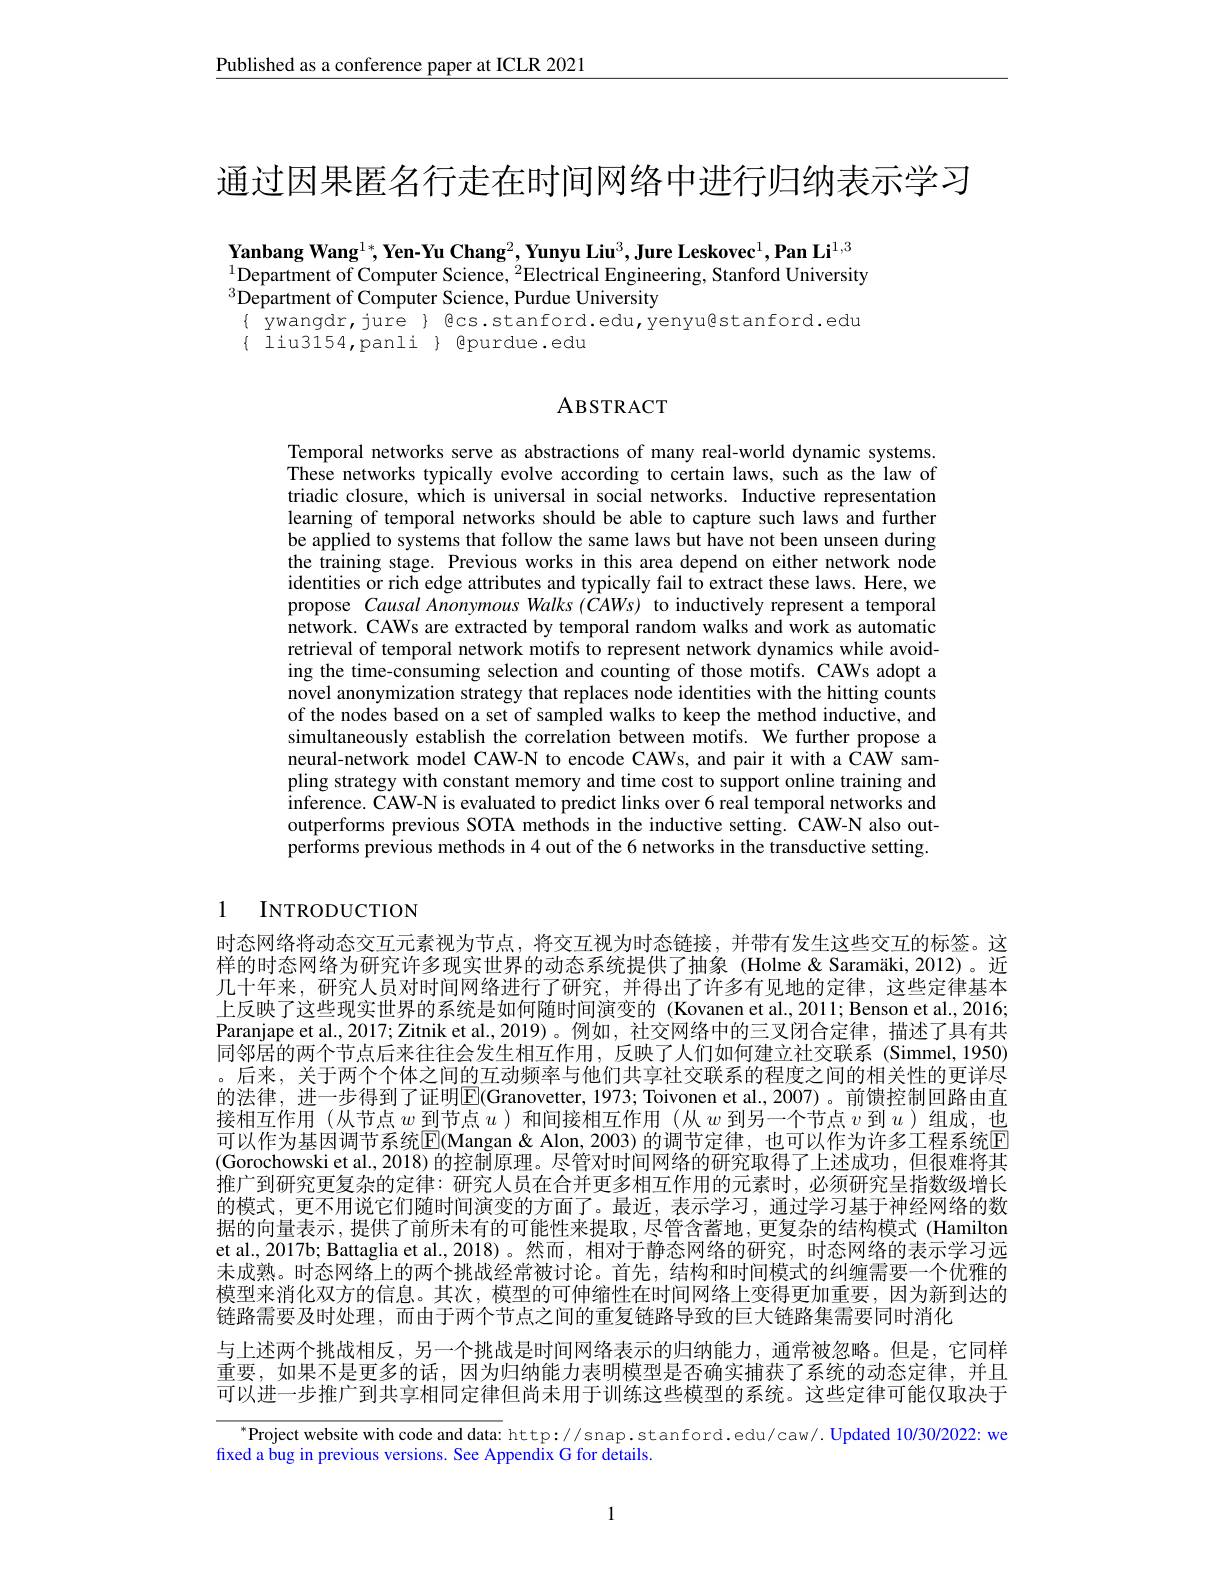
Published as a conference paper at ICLR 2021

通过因果匿名行走在时间网络中进行归纳表示学习

Yanbang Wang$^1*,\textbf{Yen-Yu Chang}^2,\textbf{Yunyu Liu}^3,\textbf{Jure Leskovec}^1,\textbf{Pan Li}^{1,3}$ $^{1}$Department of Computer Science, $^2$Electrical Engineering, Stanford University $^{3}$Department of Computer Science, Purdue University
$\{$ ywangdr,jure} Bcs.stanford.edu,yenyußstanford.edu
$\{$ liu3154,panli $\}$ epurdue.edu

## ABSTRACT

Temporal networks serve as abstractions of many real-world dynamic systems. These networks typically evolve according to certain laws, such as the law of triadic closure, which is universal in social networks. Inductive representation learning of temporal networks should be able to capture such laws and further be applied to systems that follow the same laws but have not been unseen during the training stage. Previous works in this area depend on either network node identities or rich edge attributes and typically fail to extract these laws. Here, we propose Causal Anonymous Walks (CAWs) to inductively represent a temporal network. CAWs are extracted by temporal random walks and work as automatic retrieval of temporal network motifs to represent network dynamics while avoiding the time-consuming selection and counting of those motifs. CAWs adopt a novel anonymization strategy that replaces node identities with the hitting counts of the nodes based on a set of sampled walks to keep the method inductive, and simultaneously establish the correlation between motifs. We further propose a neural-network model CAW-N to encode CAWs, and pair it with a CAW sampling strategy with constant memory and time cost to support online training and inference. CAW-N is evaluated to predict links over 6 real temporal networks and outperforms previous SOTA methods in the inductive setting. CAW-N also outperforms previous methods in 4 out of the 6 networks in the transductive setting.

# 1 INTRODUCTION

时态网络将动态交互元素视为节点，将交互视为时态链接，并带有发生这些交互的标签。这样的时态网络为研究许多现实世界的动态系统提供了抽象 (Holme &Saramäki, 2012)。近几十年来，研究人员对时间网络进行了研究，并得出了许多有见地的定律，这些定律基本上反映了这些现实世界的系统是如何随时间演变的 (Kovanen et al.,2011; Benson et al., 2016; Paranjape et al., 2017; Zitnik et al., 2019)。例如 , 社交网络中的三叉闭合定律 ,描述了具有共同邻居的两个节点后来往往会发生相互作用，反映了人们如何建立社交联系(Simmel,1950) 。后来，关于两个个体之间的互动频率与他们共享社交联系的程度之间的相关性的更详尽的法律，进一步得到了证明$\boxed{\mathrm{E}}($Granovetter, 1973; Toivonen et al., 2007)。前馈控制回路由直接相互作用 (从节点$w$到节点$u$ )和间接相互作用 (从$w$到另一个节点$v$到$u$ )组成，也可以作为基因调节系统$\overline{\mathrm{E}}($Mangan& Alon, 2003) 的调节定律，也可以作为许多工程系统$\overline{\mathrm{F}}$ (Gorochowski et al., 2018) 的控制原理。尽管对时间网络的研究取得了上述成功，但很难将其推广到研究更复杂的定律：研究人员在合并更多相互作用的元素时，必须研究呈指数级增长的模式，更不用说它们随时间演变的方面了。最近，表示学习，通过学习基于神经网络的数据的向量表示，提供了前所未有的可能性来提取，尽管含蓄地，更复杂的结构模式(Hamilton et al., 2017b; Battaglia et al., 2018)。然而，相对于静态网络的研究，时态网络的表示学习远未成熟。时态网络上的两个挑战经常被讨论。首先，结构和时间模式的纠缠需要一个优雅的模型来消化双方的信息。其次，模型的可伸缩性在时间网络上变得更加重要，因为新到达的链路需要及时处理，而由于两个节点之间的重复链路导致的巨大链路集需要同时消化
与上述两个挑战相反，另一个挑战是时间网络表示的归纳能力，通常被忽略。但是，它同样重要，如果不是更多的话，因为归纳能力表明模型是否确实捕获了系统的动态定律，并且可以进一步推广到共享相同定律但尚未用于训练这些模型的系统。这些定律可能仅取决于

$^{*}$Project website with code and data: http://snap.stanford.edu/caw/. Updated 10/30/2022: we

fixed a bug in previous versions. See Appendix G for details.

1